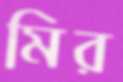
মির